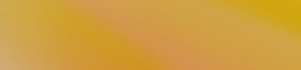
خدمة التوصيل